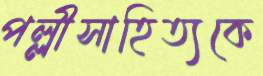
পল্লীসাহিত্যকে